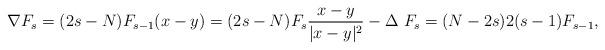
LaTeX: \begin{align*}\nabla F_s=(2s-N)F_{s-1} (x-y)=(2s-N)F_s\frac{x-y}{|x-y|^2}-\Delta\ F_s= (N-2s)2(s-1)F_{s-1}, \end{align*}